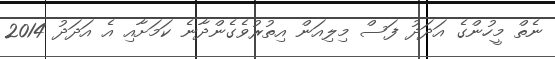
ނެތް މީހުންގެ އަދަދު ފަސް މިލިއަން އިތުރުވެގެންދާނެ ކަމަށާއި އެ އަދަދު 2014